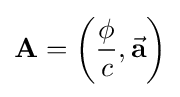
\mathbf {A} =\left({\frac {\phi }{c}},{\vec {\mathbf {a} }}\right)